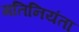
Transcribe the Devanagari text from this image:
गतिनियंता